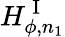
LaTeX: H_{\phi,n_{1}}^{\mathrm{~I~}}